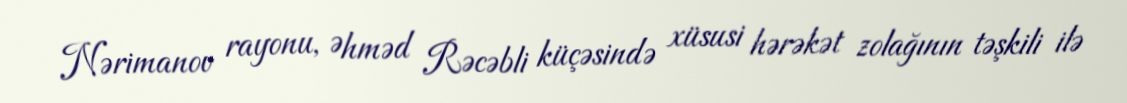
Nərimanov rayonu, Əhməd Rəcəbli küçəsində xüsusi hərəkət zolağının təşkili ilə